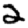
Digit: 2